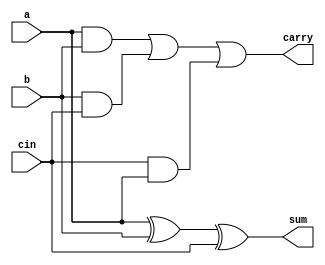
module full_adder_data(a,b,cin,sum,carry);
input a,b,cin;
output sum,carry;
assign sum=a ^ b ^ cin;
assign carry= a&b | b&cin | cin&a;
endmodule